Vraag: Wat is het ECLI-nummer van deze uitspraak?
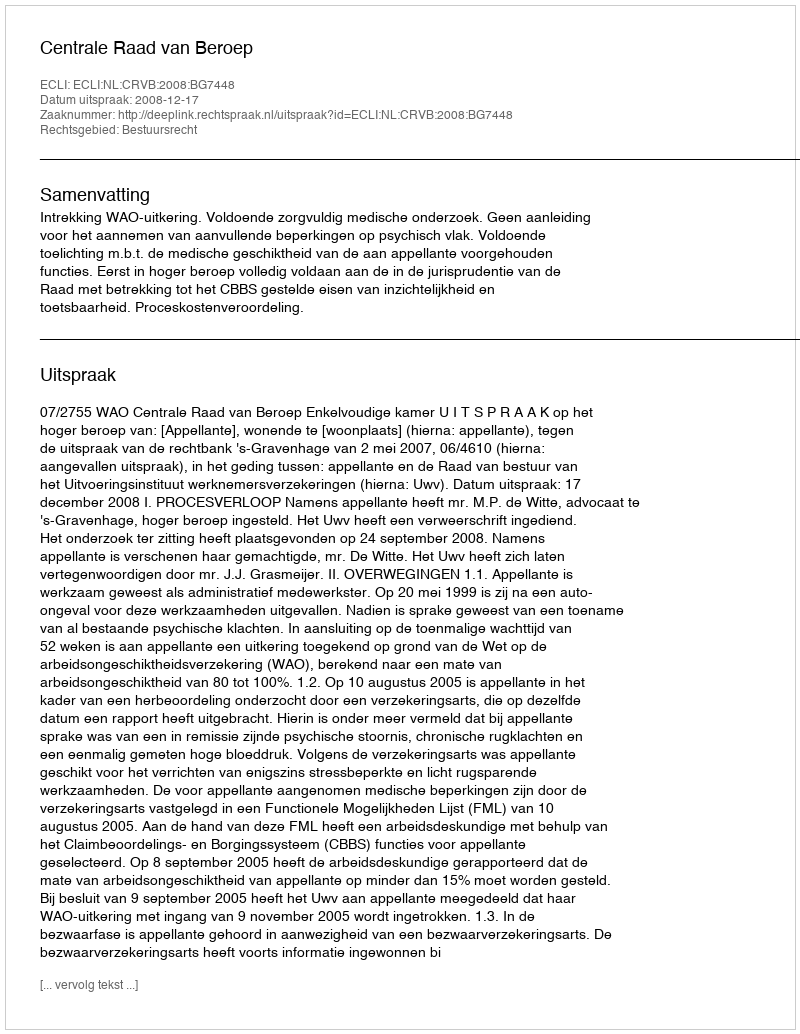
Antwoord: ECLI:NL:CRVB:2008:BG7448